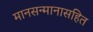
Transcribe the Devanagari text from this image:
मानसन्मानासहित